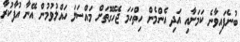
ބުނެފައިވާނެ ކަމަށާއި އަދި އެންމެން ހިތްހަމަ ޖެހޭގޮތަށް މައްސަލަ ހައްލުވުމުން އޭނާ އުފާކުރާ